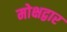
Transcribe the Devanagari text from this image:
मोक्षद्वार